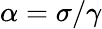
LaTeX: \alpha=\sigma/\gamma